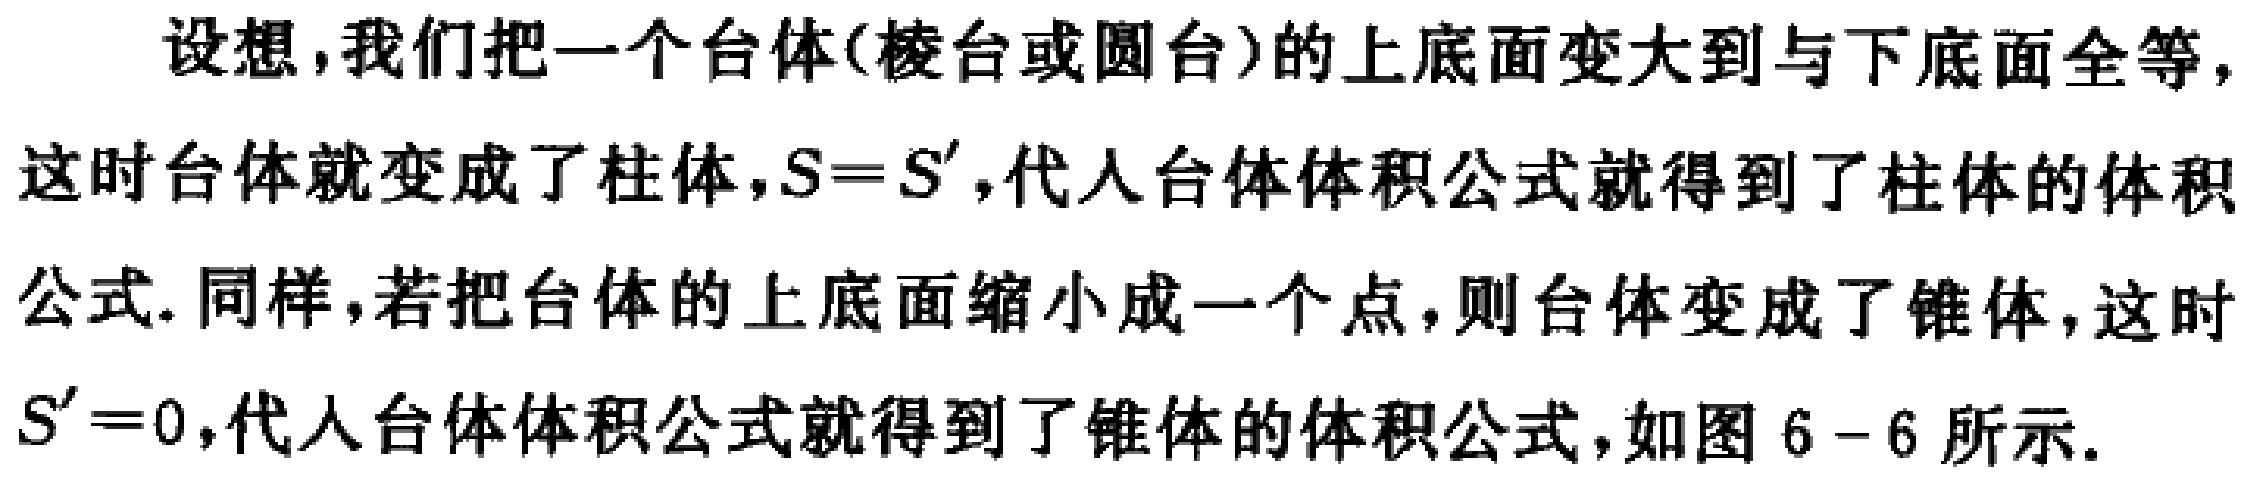
设想，我们把一个台体(棱台或圆台)的上底面变大到与下底面全等，这时台体就变成了柱体，\(S = S'\)，代入台体体积公式就得到了柱体的体积公式. 同样，若把台体的上底面缩小成一个点，则台体变成了锥体，这时\(S' = 0\)，代入台体体积公式就得到了锥体的体积公式，如图 \(6 - 6\) 所示.